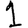
Digit: 1